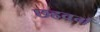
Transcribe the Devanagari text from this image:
छहवर्ग